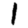
Digit: 1